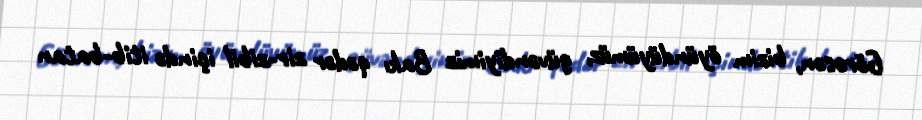
Görəsən, bizim öyündüyümüz, güvəndiyimiz Bakı qədər zir-zibil içində itib-batan